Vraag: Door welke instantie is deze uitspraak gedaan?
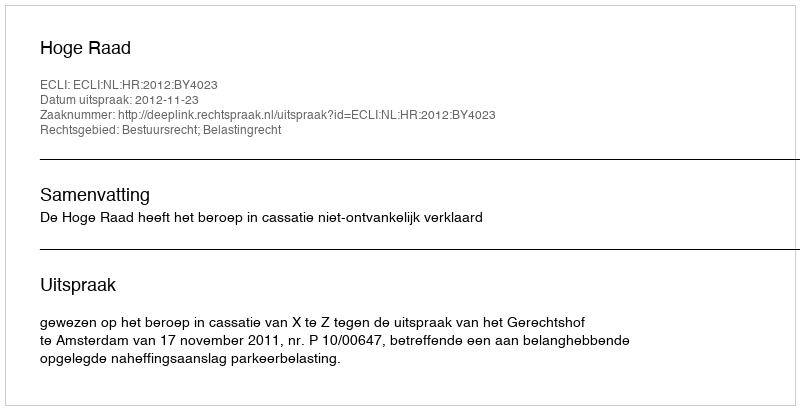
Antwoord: Hoge Raad